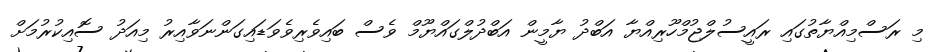
މި ރަސްމިއްޔާތުގައި ރައީސުލްޖުމްހޫރިއްޔާ އަބްދު ޔާމީން އަބްދުލްގައްޔޫމް ވެސް ބައިވެރިވެވަޑައިގަންނަވާއިރު މިއަދު ސޮއިކުރުމަށް